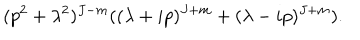
LaTeX: ( p ^ { 2 } + \lambda ^ { 2 } ) ^ { J - m } ( ( \lambda + i p ) ^ { J + m } + ( \lambda - i p ) ^ { J + m } ) .